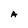
Character: A